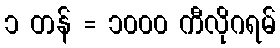
၁ တန် = ၁၀၀၀ ကီလိုဂရမ်